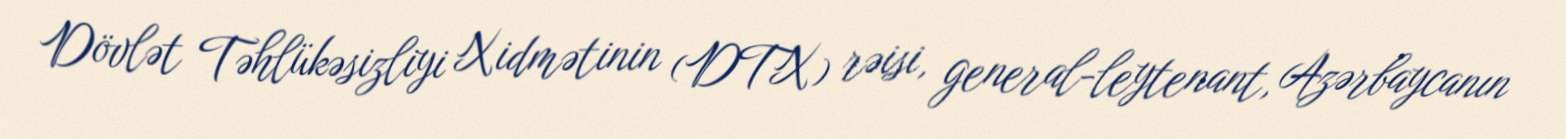
Dövlət Təhlükəsizliyi Xidmətinin (DTX) rəisi, general-leytenant, Azərbaycanın